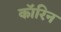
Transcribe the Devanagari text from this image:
कॉरिन